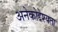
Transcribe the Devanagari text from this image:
अनेकोद्देश्यता